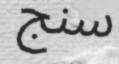
سنج